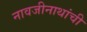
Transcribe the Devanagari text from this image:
नावजीनाथांची